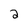
Character: 2